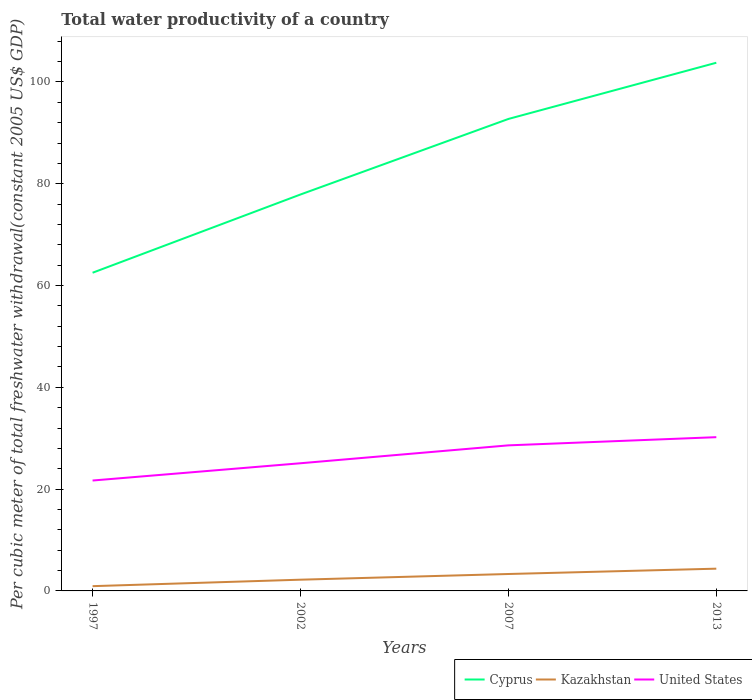
| Years | Cyprus | Kazakhstan | United States |
 | --- | --- | --- | --- |
 | 1997 | 62.5 | 0.936 | 21.7 |
 | 2002 | 77.9 | 2.21 | 25.1 |
 | 2007 | 92.7 | 3.32 | 28.6 |
 | 2013 | 104 | 4.37 | 30.2 |